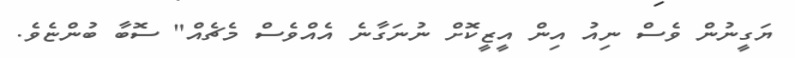
ޔަގީނުން ވެސް ނިއު އިން އީޒީކޮށް ނުނަގާނެ އެއްވެސް މެޗެއް" ސޮބާ ބުންޏެވެ.